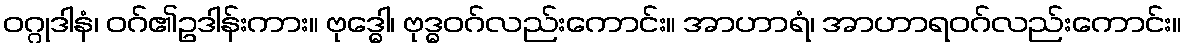
ဝဂ္ဂုဒါနံ၊ ဝဂ်၏ဥဒါန်းကား။ ဗုဒ္ဓေါ၊ ဗုဒ္ဓဝဂ်လည်းကောင်း။ အာဟာရံ၊ အာဟာရဝဂ်လည်းကောင်း။